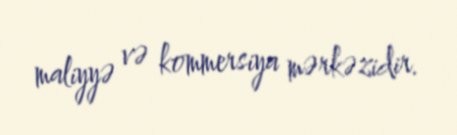
maliyyə və kommersiya mərkəzidir.